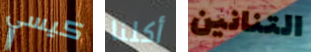
كيسي أكلنا التنانين